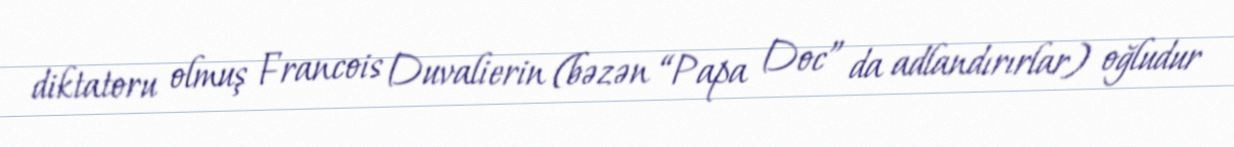
diktatoru olmuş Francois Duvalierin (bəzən “Papa Doc” da adlandırırlar) oğludur